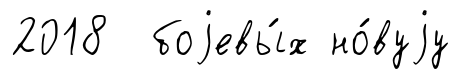
2018 боjевы́х но́вуjу